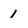
Character: 1